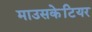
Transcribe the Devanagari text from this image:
माउसकेटियर